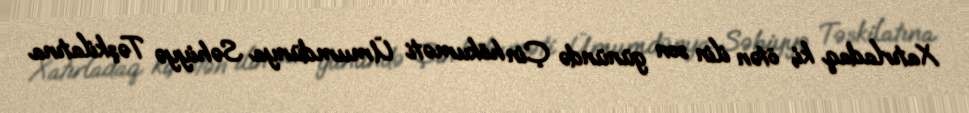
Xatırladaq ki, ötən ilin son günündə Çin hökuməti Ümumdünya Səhiyyə Təşkilatına